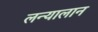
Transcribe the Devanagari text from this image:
लन्यालान